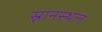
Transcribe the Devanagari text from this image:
स्नानस्थल